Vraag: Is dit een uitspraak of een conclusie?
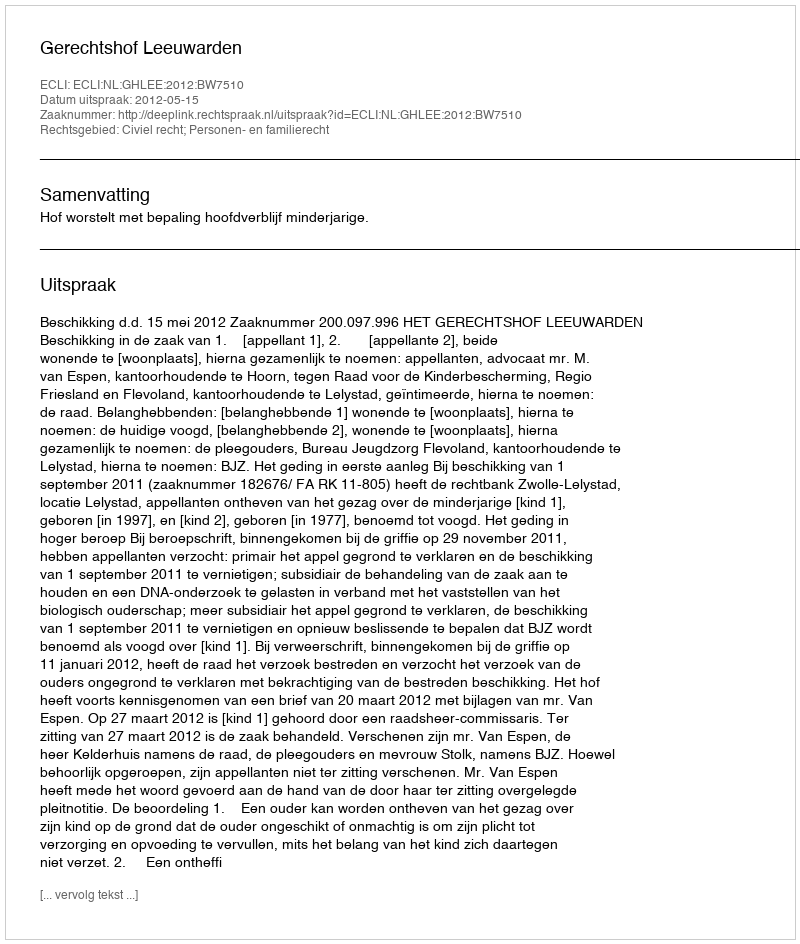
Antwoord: Uitspraak